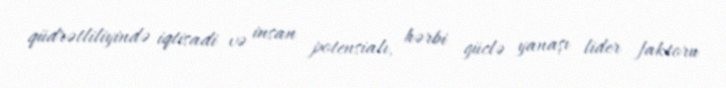
qüdrətliliyində iqtisadi və insan potensialı, hərbi güclə yanaşı lider faktoru